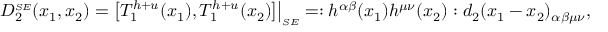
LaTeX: D _ { 2 } ^ { \scriptscriptstyle S E } ( x _ { 1 } , x _ { 2 } ) = \bigl [ T _ { 1 } ^ { h + u } ( x _ { 1 } ) , T _ { 1 } ^ { h + u } ( x _ { 2 } ) \bigr ] \bigr | _ { \scriptscriptstyle S E } = : h ^ { \alpha \beta } ( x _ { 1 } ) h ^ { \mu \nu } ( x _ { 2 } ) : d _ { 2 } ( x _ { 1 } - x _ { 2 } ) _ { \alpha \beta \mu \nu } ,